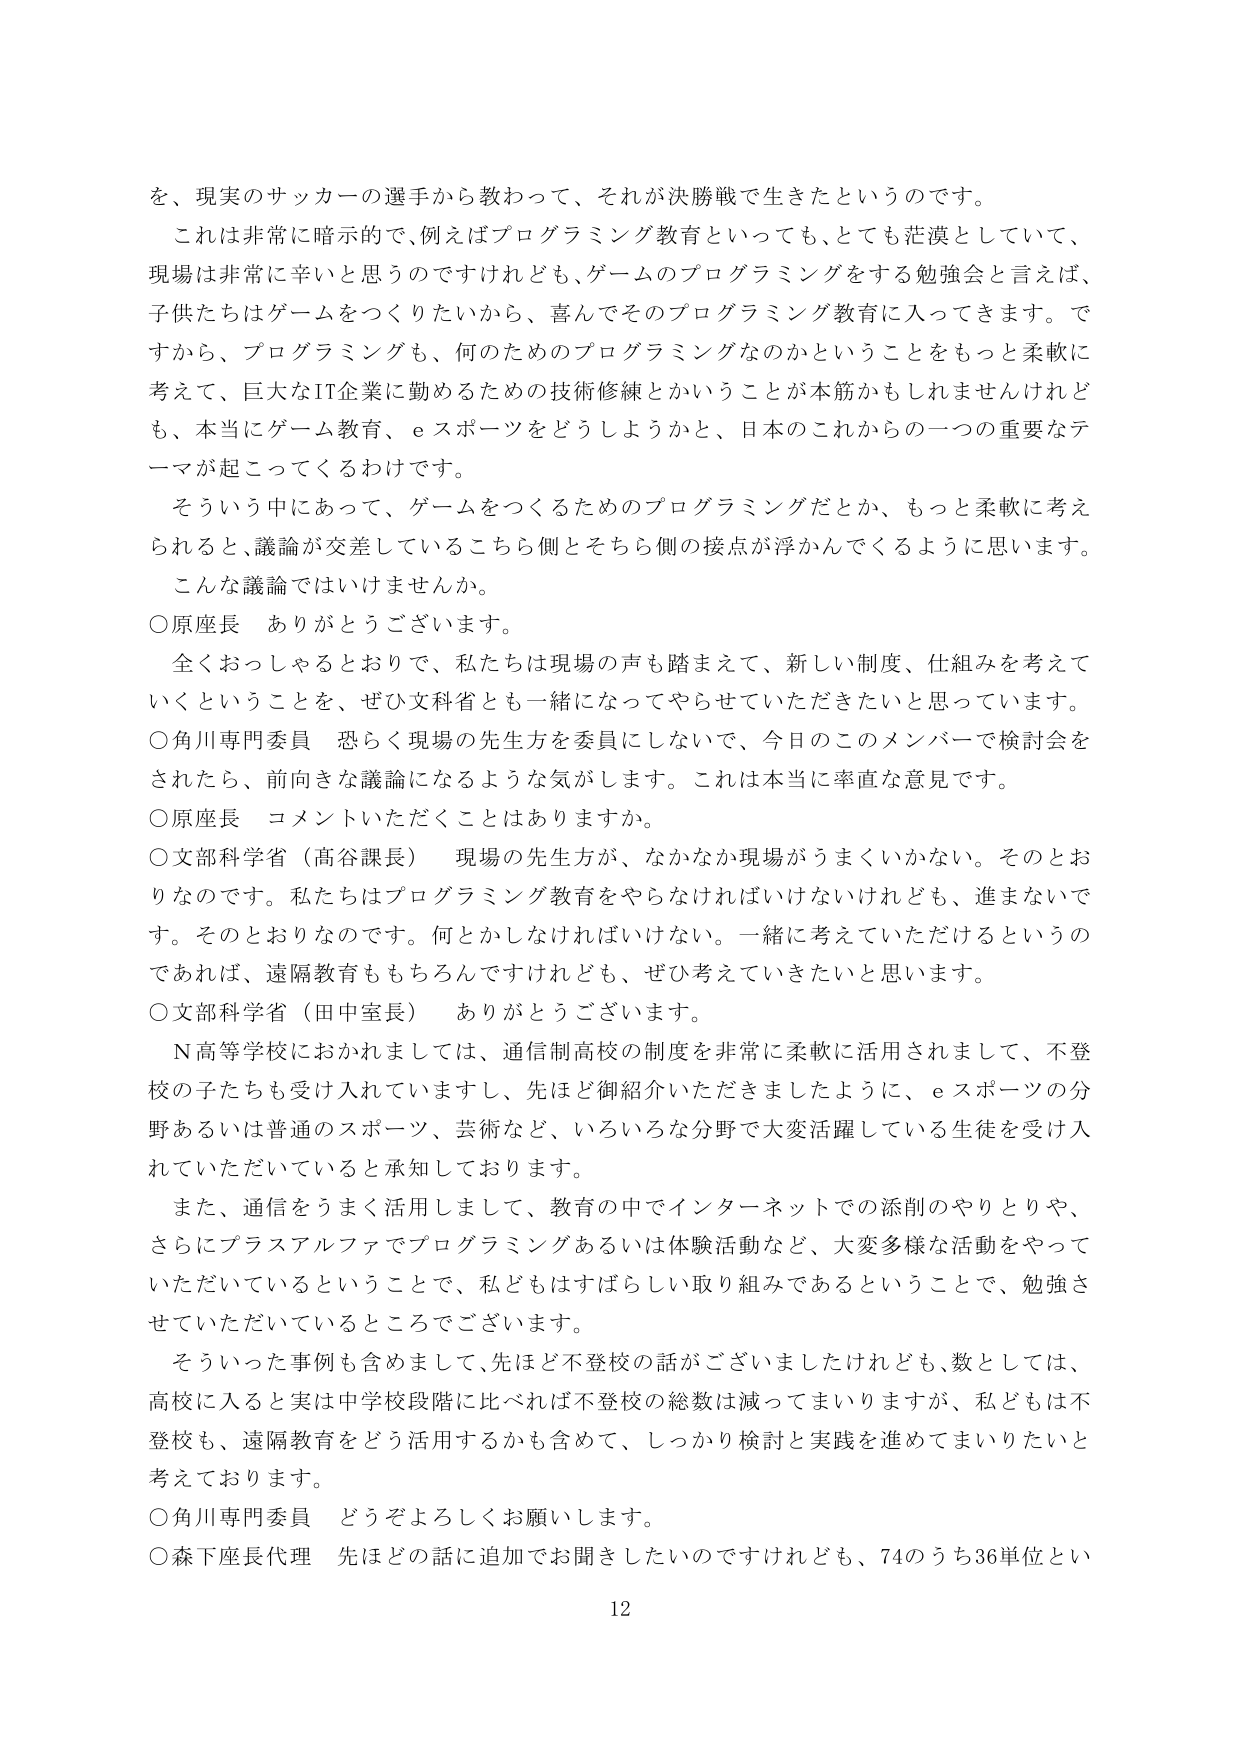
を、現実のサッカーの選手から教わって、それが決勝戦で生きたというのです。

これは非常に暗示的で、例えばプログラミング教育といっても、とても茫漠としていて、
現場は非常に辛いと思うのですけれども、ゲームのプログラミングをする勉強会と言えば、
子供たちはゲームをつくりたいから、喜んでそのプログラミング教育に入ってきます。で
すから、プログラミングも、何のためのプログラミングなのかということをもっと柔軟に
考えて、巨大なIT企業に勤めるための技術修練とかいうことが本筋かもしれませんが
も、本当にゲーム教育、eスポーツをどうしようかと、日本のこれからの一つの重要なテ
ーマが起こってくるわけです。

そういう中にあって、ゲームをつくるためのプログラミングだとか、もっと柔軟に考え
られると、議論が交差しているこちら側とそちら側の接点が浮かんでくるように思います。

こんな議論ではいけませんか。

○原座長　ありがとうございます。

全くおっしゃるとおりで、私たちは現場の声も踏まえて、新しい制度、仕組みを考えて
いくということを、ぜひ文科省とも一緒になってやらせていただきたいと思っています。

○角川専門委員　恐らく現場の先生方を委員にしないで、今日のこのメンバーで検討会を
されたら、前向きな議論になるような気がします。これは本当に率直な意見です。

○原座長　コメントいただくことはありますか。

○文部科学省（高谷課長）　現場の先生方が、なかなか現場がうまくいかない。そのとお
りなのです。私たちはプログラミング教育をやらなければいけないけれども、進まないで
す。そのとおりなのです。何とかしなければいけない。一緒に考えていただけるというの
であれば、遠隔教育ももちろんですけれども、ぜひ考えていきたいと思います。

○文部科学省（田中室長）　ありがとうございます。

N高等学校におかれましては、通信制高校の制度を非常に柔軟に活用されまして、不登
校の子たちも受け入れていますし、先ほど御紹介いただきましたように、eスポーツの分
野あるいは普通のスポーツ、芸術など、いろいろな分野で大変活躍している生徒を受け入
れていただいていると承知しております。

また、通信をうまく活用しまして、教育の中でインターネットでの添削のやりとりや、
さらにプラスアルファでプログラミングあるいは体験活動など、大変多様な活動をやって
いただいているということで、私どもはすばらしい取り組みであるということで、勉強さ
せていただいているところでございます。

そういった事例も含めまして、先ほど不登校の話がございましたけれども、数としては、
高校に入ると実は中学校段階に比べれば不登校の総数は減ってまいりますが、私どもは不
登校も、遠隔教育をどう活用するかも含めて、しっかり検討と実践を進めてまいりたいと
考えております。

○角川専門委員　どうぞよろしくお願いします。

○森下座長代理　先ほどの話に追加でお聞きしたいのですけれども、74のうち36単位とい

12